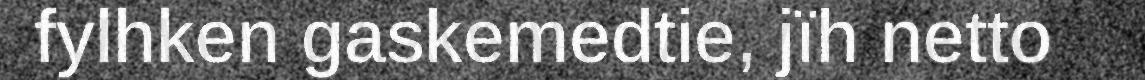
fylhken gaskemedtie, jïh netto